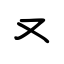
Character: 又